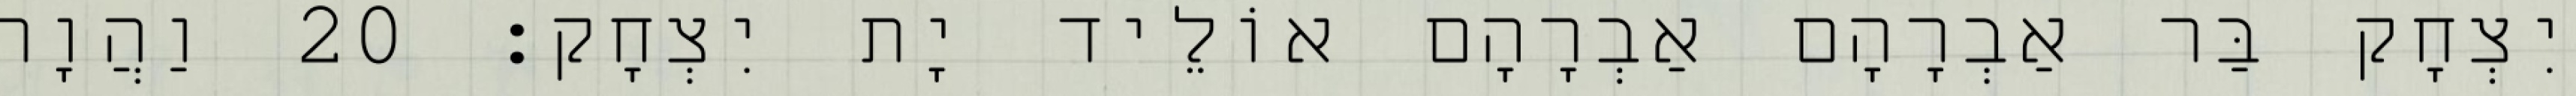
יִצְחָק בַּר אַבְרָהָם אַבְרָהָם אוֹלֵיד יָת יִצְחָק׃ 20 וַהֲוָה